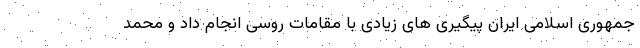
جمهوری اسلامی ایران پیگیری های زیادی با مقامات روسی انجام داد و محمد